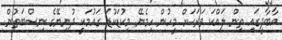
އާބާދީގައި ތިން ލައްކަ ވަރަކަށް މީހުން ހިމެނޭ މިކުޑަކުޑަ ގައުމަކީ ދުނިޔޭގެ ނިސްބަތުން